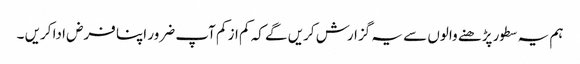
ہم یہ سطور پڑھنے والوں سے یہ گزارش کریں گے کہ کم از کم آپ ضرور اپنا فرض ادا کریں ۔